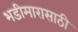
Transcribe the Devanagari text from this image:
भडीमारासाठी